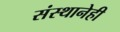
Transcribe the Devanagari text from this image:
संस्थानेही